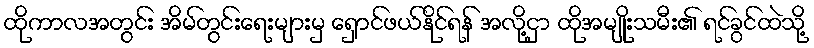
ထိုကာလအတွင်း အိမ်တွင်းရေးများမှ ရှောင်ဖယ်နိုင်ရန် အလို့ငှာ ထိုအမျိုးသမီး၏ ရင်ခွင်ထဲသို့